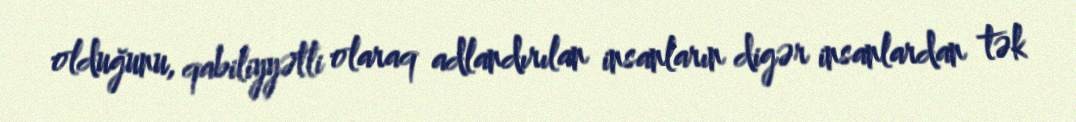
olduğunu, qabiliyyətli olaraq adlandırılan insanların digər insanlardan tək